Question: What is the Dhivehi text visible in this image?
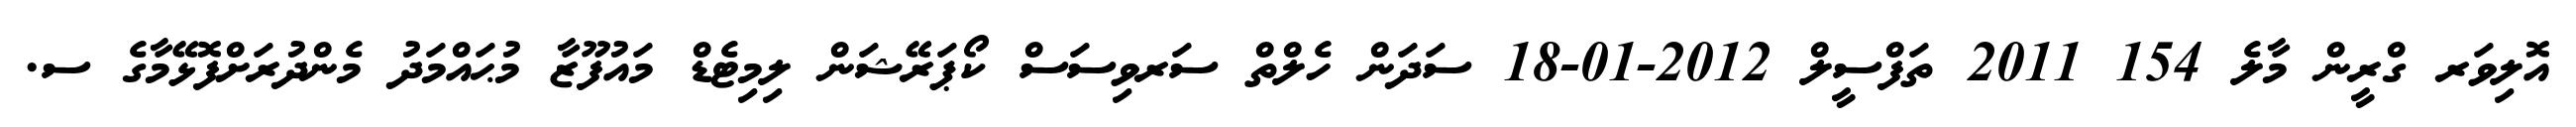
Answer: އޮލިވަރ ގްރީން މާލެ 154 2011 ތަފްސީލް 2012-01-18 ސަދަން ހެލްތް ސަރވިސަސް ކޯޕަރޭޝަން ލިމިޓެޑް މައުފޫޒާ މުޙައްމަދު މެންދުރަށްފޮޅޭމާގެ ސ.